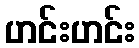
ဟင်းဟင်း